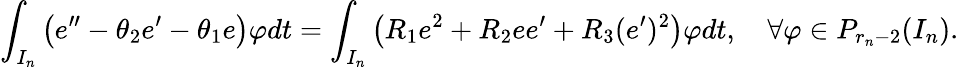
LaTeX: \begin{array}{r}{\displaystyle\int_{I_{n}}\left(e^{\prime\prime}-\theta_{2}e^{\prime}-\theta_{1}e\right)\varphi dt=\displaystyle\int_{I_{n}}\left(R_{1}e^{2}+R_{2}ee^{\prime}+R_{3}(e^{\prime})^{2}\right)\varphi dt,\quad\forall\varphi\in P_{r_{n}-2}(I_{n}).}\end{array}